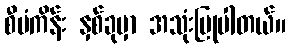
စီမံကိန်း နှစ်ခုမှာ အသုံးပြုပါတယ်။